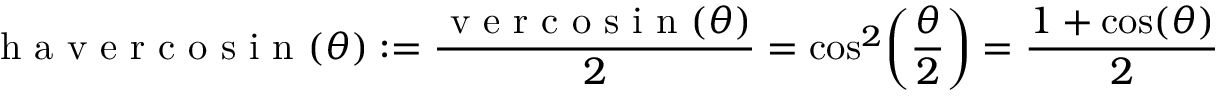
{ \textrm { h a v e r c o s i n } } ( \theta ) : = { \frac { { \textrm { v e r c o s i n } } ( \theta ) } { 2 } } = \cos ^ { 2 } \! \left( { \frac { \theta } { 2 } } \right) = { \frac { 1 + \cos ( \theta ) } { 2 } }